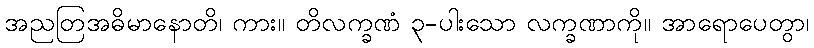
အညတြအဓိမာနောတိ၊ ကား။ တိလက္ခဏံ ၃-ပါးသော လက္ခဏာကို။ အာရောပေတွာ၊